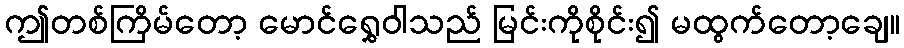
ဤတစ်ကြိမ်တော့ မောင်ရွှေဝါသည် မြင်းကိုစိုင်း၍ မထွက်တော့ချေ။